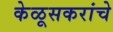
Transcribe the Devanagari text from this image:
केळूसकरांचे